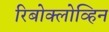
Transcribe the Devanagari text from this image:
रिबोक्लोव्हिन